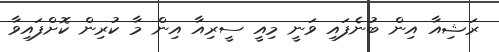
ރަޝިއާ އިން ބުނެފައި ވަނީ މިއީ ސީރިއާ އިން މާ ކުރިން ކޮށްފައިވާ